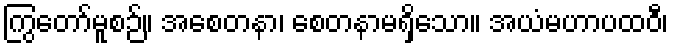
ကြွတော်မူစဉ်။ အစေတနာ၊ စေတနာမရှိသော။ အယံမဟာပထဝီ၊